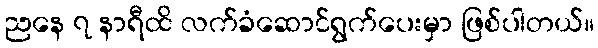
ညနေ ၇ နာရီထိ လက်ခံဆောင်ရွက်ပေးမှာ ဖြစ်ပါတယ်။